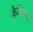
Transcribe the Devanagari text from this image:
केवियट